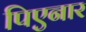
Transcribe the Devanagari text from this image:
पिएनार